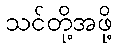
သင်တို့အဖို့